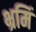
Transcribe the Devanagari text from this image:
भ्रमिं